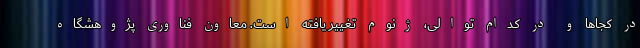
در کجاها و در کدام توالی، ژنوم تغییر یافته است. معاون فناوری پژوهشگاه